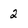
Character: 2